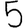
Digit: 5